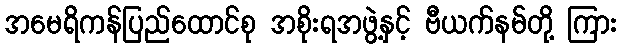
အမေရိကန်ပြည်ထောင်စု အစိုးရအဖွဲ့နှင့် ဗီယက်နမ်တို့ ကြား